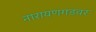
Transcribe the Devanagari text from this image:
नारायणगडवर